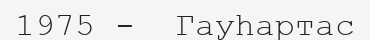
1975 -  Гауһартас